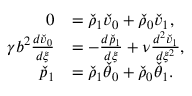
\begin{array} { r l } { 0 } & { = \check { \rho } _ { 1 } \check { v } _ { 0 } + \check { \rho } _ { 0 } \check { v } _ { 1 } , } \\ { \gamma b ^ { 2 } \frac { d \check { v } _ { 0 } } { d \xi } } & { = - \frac { d \check { p } _ { 1 } } { d \xi } + \nu \frac { d ^ { 2 } \check { v } _ { 1 } } { d \xi ^ { 2 } } , } \\ { \check { p } _ { 1 } } & { = \check { \rho } _ { 1 } \check { \theta } _ { 0 } + \check { \rho } _ { 0 } \check { \theta } _ { 1 } . } \end{array}